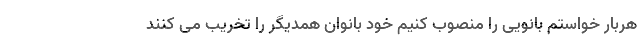
هربار خواستم بانویی را منصوب کنیم خود بانوان همدیگر را تخریب می کنند